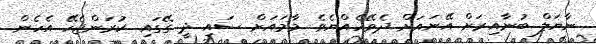
ނާޔަލް ބުނާއިރަށް އޭނައަށް ދެވޭހެއްޔެވެ. މާމައަށް ސައި ދީ ގޭގައި ކުރަންޖެހޭ އެހެން